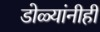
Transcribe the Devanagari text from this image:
डोळ्यांनीही